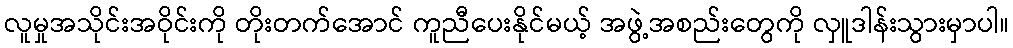
လူမှုအသိုင်းအဝိုင်းကို တိုးတက်အောင် ကူညီပေးနိုင်မယ့် အဖွဲ့အစည်းတွေကို လှူဒါန်းသွားမှာပါ။